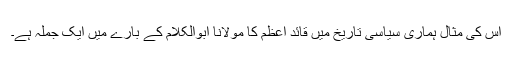
اس کی مثال ہماری سیاسی تاریخ میں قائد اعظم کا مولانا ابوالکلام کے بارے میں ایک جملہ ہے۔